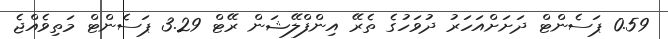
0.59 ޕަސެންޓް ދަށަށްއަހަރު ދުވަހުގެ ތެރޭ އިންފްލޭޝަން ރޭޓް 3.29 ޕަސެންޓް މަތިވެއްޖެ